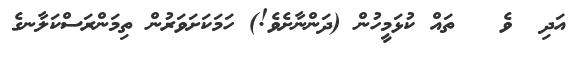
އަދި  ވެ   ތައް ކުޅަމީހުން (ދަންނާށެވެ!) ހަމަކަށަވަރުން ތިމަންރަސްކަލާނގެ